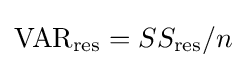
{\text{VAR}}_{\text{res}}=SS_{\text{res}}/n